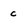
Character: c